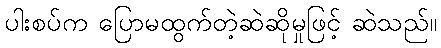
ပါးစပ်က ပြောမထွက်တဲ့ဆဲဆိုမှုဖြင့် ဆဲသည်။